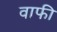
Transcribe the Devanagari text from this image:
वाफी